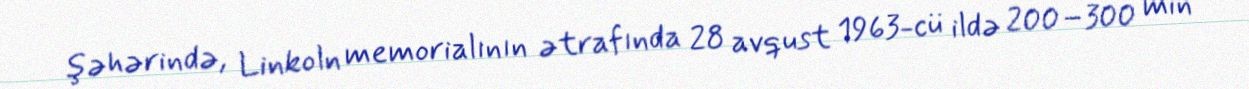
şəhərində, Linkoln memorialının ətrafında 28 avqust 1963-cü ildə 200–300 min